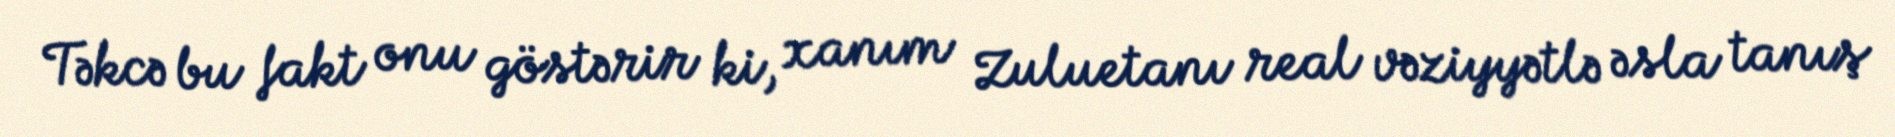
Təkcə bu fakt onu göstərir ki, xanım Zuluetanı real vəziyyətlə əsla tanış